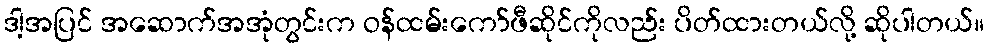
ဒါ့အပြင် အဆောက်အအုံတွင်းက ဝန်ထမ်းကော်ဖီဆိုင်ကိုလည်း ပိတ်ထားတယ်လို့ ဆိုပါတယ်။